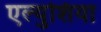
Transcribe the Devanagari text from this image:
एल्युशिया